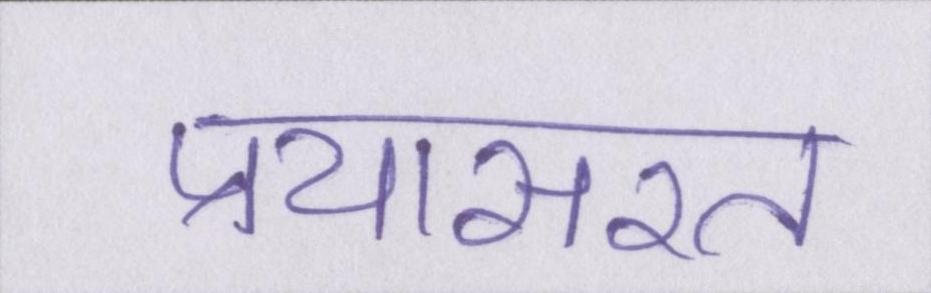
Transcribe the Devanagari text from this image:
प्रयासरत